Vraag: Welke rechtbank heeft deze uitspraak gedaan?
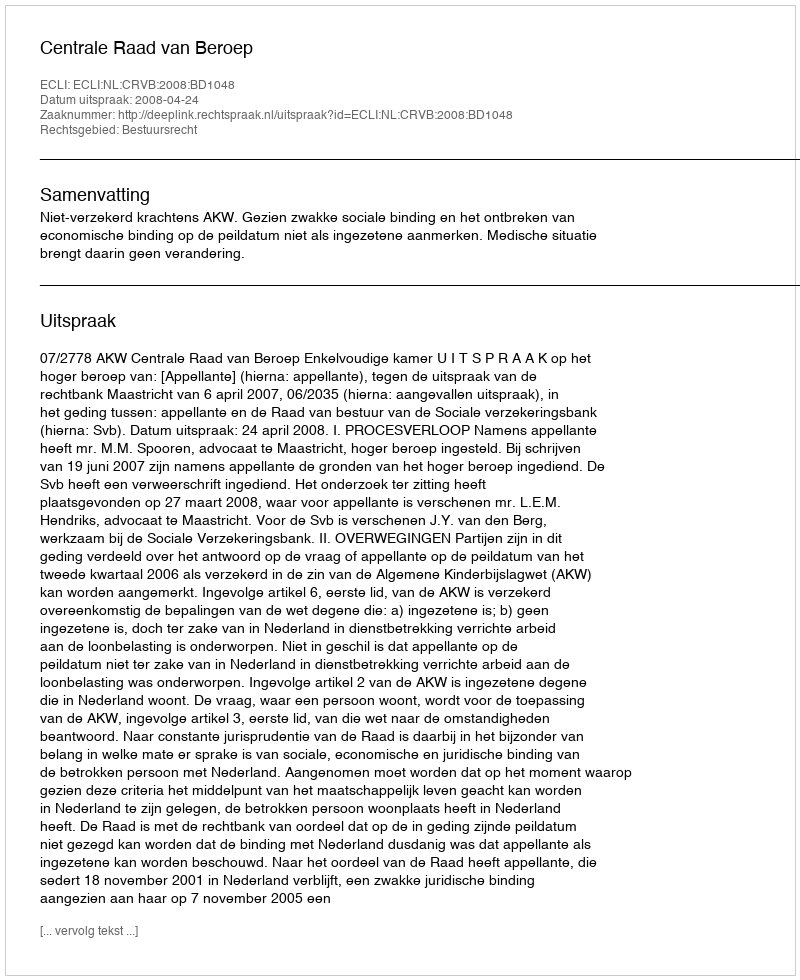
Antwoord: Centrale Raad van Beroep